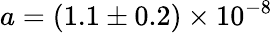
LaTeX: a=(1.1\pm 0.2)\times 10^{-8}